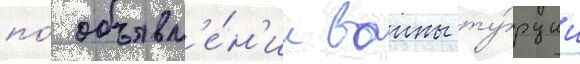
по́ объявл'е́н'ии воины ту́рции